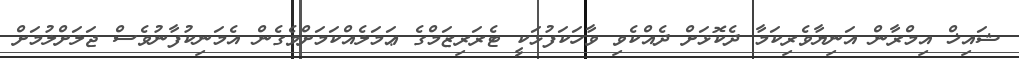
ޝައިޚް އިމްރާން އަނިޔާވެރިކަމާ ދެކޮޅަށް ދެއްކެވި ވާހަކަފުޅަކީ ޓެރަރިޒަމްގެ ޢަމަލެއްކަމަށްވެގެން އެމަނިކުފާނުވެސް ޖަލަށްލުމަށް